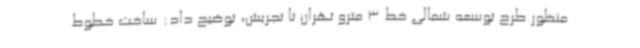
منظور طرح توسعه شمالی خط 3 مترو تهران تا تجریش، توضیح داد: ساخت خطوط